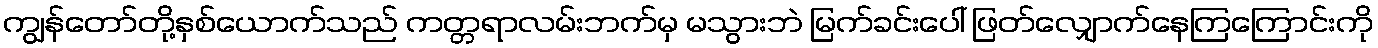
ကျွန်တော်တို့နှစ်ယောက်သည် ကတ္တရာလမ်းဘက်မှ မသွားဘဲ မြက်ခင်းပေါ် ဖြတ်လျှောက်နေကြကြောင်းကို